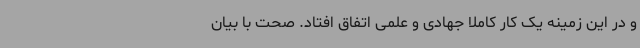
و در این زمینه یک کار کاملاً جهادی و علمی اتفاق افتاد. صحت با بیان